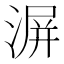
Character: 𣸹